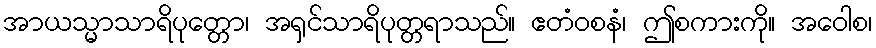
အာယသ္မာသာရိပုတ္တော၊ အရှင်သာရိပုတ္တရာသည်။ ဧတံဝစနံ၊ ဤစကားကို။ အဝေါစ၊